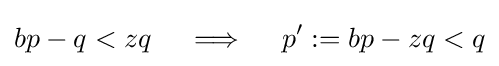
bp-q<zq\quad \implies \quad p':=bp-zq<q